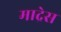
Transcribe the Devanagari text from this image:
माद्रेस